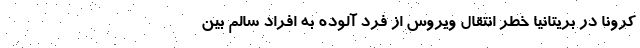
کرونا در بریتانیا خطر انتقال ویروس از فرد آلوده به افراد سالم بین